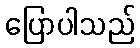
ပြောပါသည်